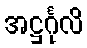
အဋ္ဌင်္ဂုလိ